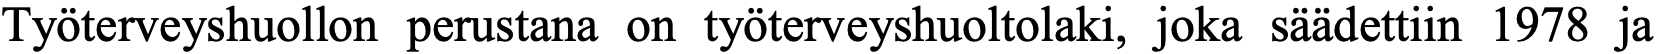
Työterveyshuollon perustana on työterveyshuoltolaki, joka säädettiin 1978 ja